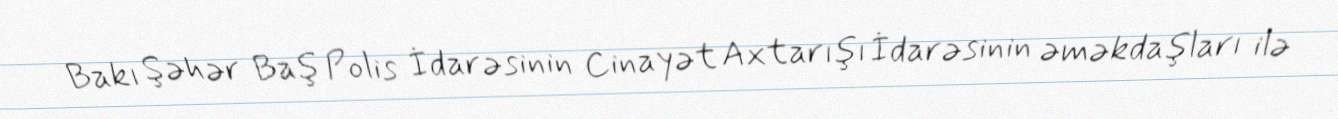
Bakı Şəhər Baş Polis İdarəsinin Cinayət Axtarışı İdarəsinin əməkdaşları ilə